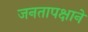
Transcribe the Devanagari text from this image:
जनतापक्षाने